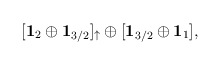
\begin{align*}[{\bf 1}_2 \oplus {\bf 1}_{3/2}]_\uparrow\oplus[{\bf 1}_{3/2}\oplus {\bf 1}_1],\end{align*}